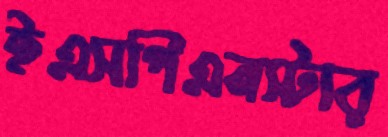
ইএসপিএনস্টার